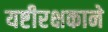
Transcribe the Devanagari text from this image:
यष्टीरक्षकाने